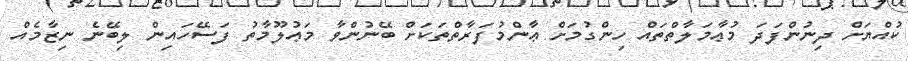
ކުއްޔަށް ދިނުންފަދަ މުޢާމަލާތްތައް ހިންގުމަށް ޢާންމުފަރާތްތަކަށް ބޭނުންވާ މަޢުލޫމާތު ފަސޭހައިން ލިބޭނެ ނިޒާމެއް